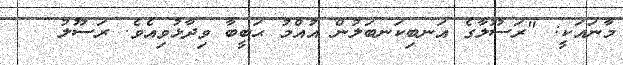
މާނައަކީ: "ރަސޫލާގެ އަނބިކަނބަލުން އުއްމު ޙަބީބާ ވިދާޅުވިއެވެ. ރަސޫލު